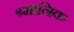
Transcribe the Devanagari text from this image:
श्र्मानिक